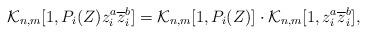
LaTeX: \begin{align*}\mathcal{K}_{n, m}[1, P_i(Z) z_i^a \overline{z}_i^b]=\mathcal{K}_{n, m}[1, P_i(Z)]\cdot\mathcal{K}_{n, m}[1, z_i^a \overline{z}_i^b],\end{align*}